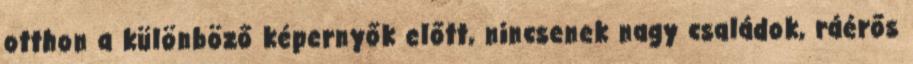
otthon a különböző képernyők előtt, nincsenek nagy családok, ráérős